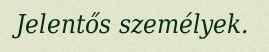
Jelentős személyek.